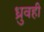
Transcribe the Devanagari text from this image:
ध्रुवही